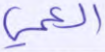
العمي